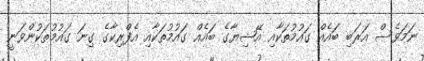
ނަމަވެސް އަރަބި ބައެއް ގައުމުތަކާއި އޭޝިޔާގެ ބައެއް ގައުމުތަކާއި އެފްރިކާގެ ގިނަ ގައުމުތަކުންވަނީ